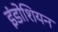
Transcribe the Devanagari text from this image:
इंडोशियन